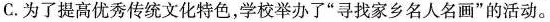
C.为了提高优秀传统文化特色，学校举办了”寻找家乡名人名画”的活动。